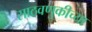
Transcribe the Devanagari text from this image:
साठवणुकीच्या